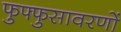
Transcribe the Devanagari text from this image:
फुफ्फुसावरणों